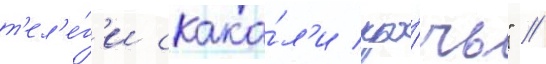
т'ел'е́г'и скака́л'и про́чь" //